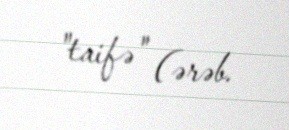
"taifə" (ərəb.